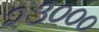
૨૩૦૦૦